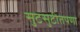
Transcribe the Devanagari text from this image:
सुटसुटीतपणा